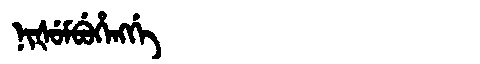
Manchu: ᠨᡳᡧᡠᠮᠪᡠᡥᡝᠩᡤᡝ
Romanization: NIŠUMBUHENGGE